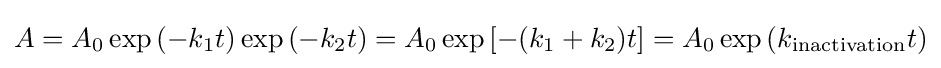
A=A_{0}\exp {(-k_{1}t)}\exp {(-k_{2}t)}=A_{0}\exp {[-(k_{1}+k_{2})t]}=A_{0}\exp {(k_{\mathrm {inactivation} }t)}